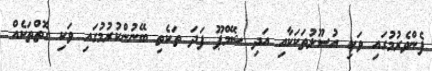
ފެންވެރުމުގައި ވަކި އުސޫލުތަކަކާއި އަދި ޝޭމްޕޫ ފަދަ ތަކެތި ބޭނުންކުރުމުގައި ވަކި ގޮތްތަކެއް